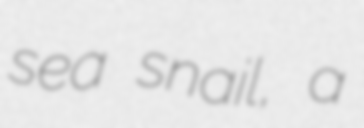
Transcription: sea snail, a